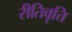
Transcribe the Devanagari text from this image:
रीतिवृत्ति